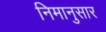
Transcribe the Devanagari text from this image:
निमानुसार